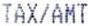
TAX/AMT